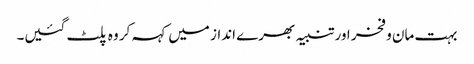
بہت مان و فخر اور تنبیہ بھرے انداز میں کہہ کر وہ پلٹ گئیں۔